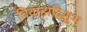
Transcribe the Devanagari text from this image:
विवाहादिशुभ